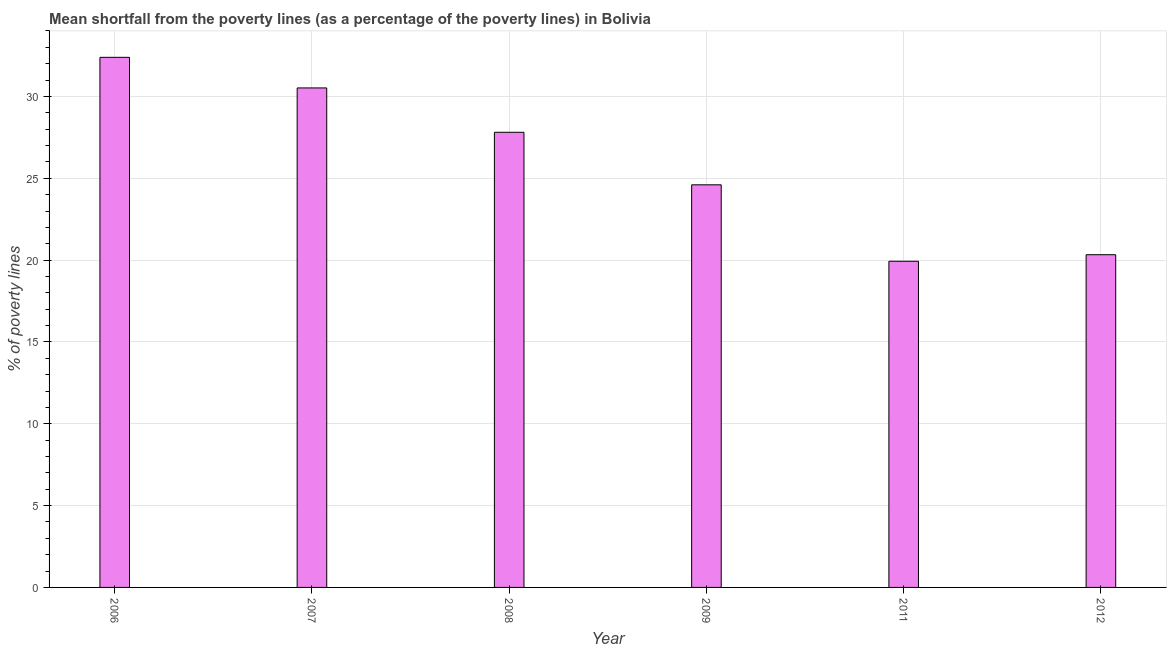
| Year | Poverty gap at national poverty lines |
 | --- | --- |
 | 2006 | 32.4 |
 | 2007 | 30.5 |
 | 2008 | 27.8 |
 | 2009 | 24.6 |
 | 2011 | 19.9 |
 | 2012 | 20.3 |